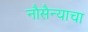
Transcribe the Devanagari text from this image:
नौसैन्याचा